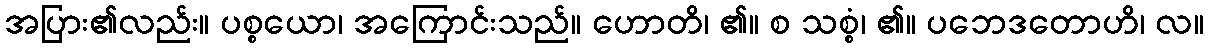
အပြား၏လည်း။ ပစ္စယော၊ အကြောင်းသည်။ ဟောတိ၊ ၏။ စ သစ္စံ၊ ၏။ ပဘေဒတောဟိ၊ လ။